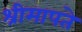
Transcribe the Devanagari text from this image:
श्रीमापते